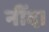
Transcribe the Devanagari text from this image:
नींद।